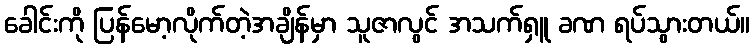
ခေါင်းကို ပြန်မော့လိုက်တဲ့အချိန်မှာ သူဇာလွင် အသက်ရှူ ခဏ ရပ်သွားတယ်။